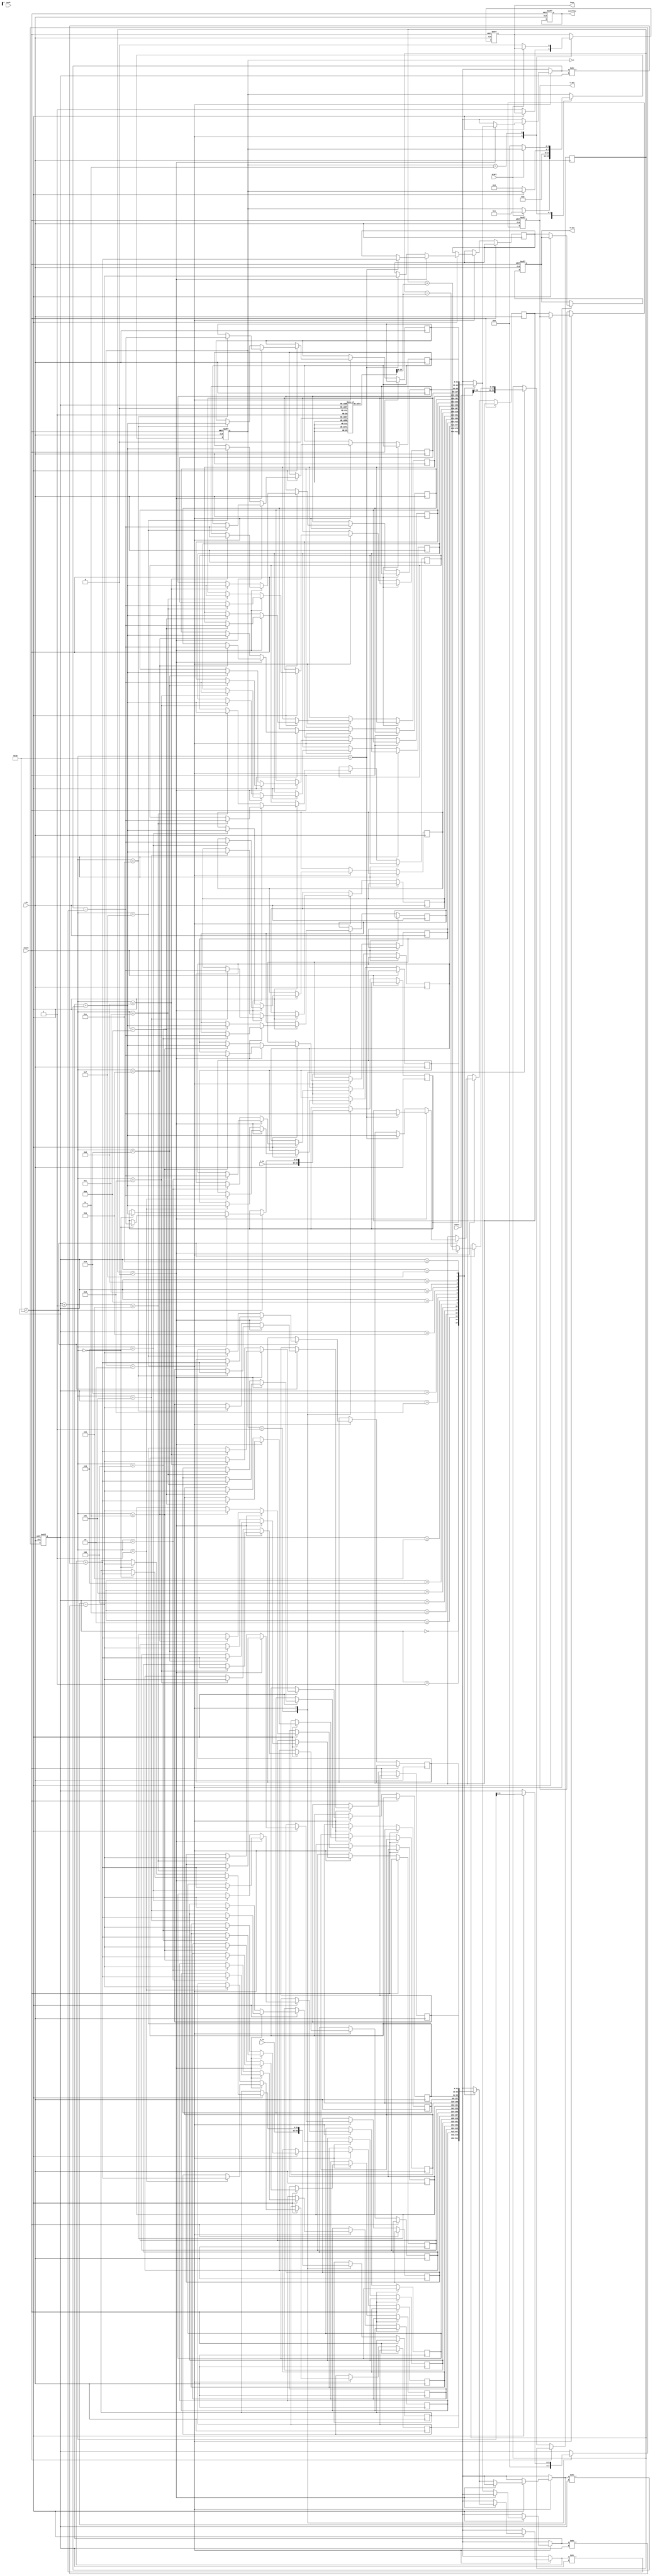
module adaptive_cordic (
    input wire clk,
    input wire reset,
    input wire start,
    input wire [31:0] theta,       // Angle input (fixed-point representation)
    input wire [31:0] X_in,        // Initial X vector
    input wire [31:0] Y_in,        // Initial Y vector
    input wire mode,               // Control signal for rotation/vectoring
    output reg [31:0] X_out,       // Resultant X output
    output reg [31:0] Y_out,       // Resultant Y output
    output reg done,               // Completion flag
    output reg overflow            // Overflow flag
);

    // CORDIC parameters
    parameter NUM_ITERATIONS = 16; // Number of iterations for CORDIC
    reg [31:0] angle_table [0:NUM_ITERATIONS-1]; // Angle lookup table
    reg [31:0] x [0:NUM_ITERATIONS]; // Intermediate X values
    reg [31:0] y [0:NUM_ITERATIONS]; // Intermediate Y values
    reg [NUM_ITERATIONS-1:0] angle;   // Angle for rotation
    reg [3:0] state;                   // FSM state
    reg [3:0] iteration;               // Current iteration count

    // FSM states
    localparam IDLE = 0;
    localparam INIT = 1;
    localparam COMPUTE = 2;
    localparam DONE = 3;

    // Initialize angle table (example values, replace with actual values)
    initial begin
        angle_table[0] = 32'h00000000; // 0 degrees
        angle_table[1] = 32'h3F490FDB; // 45 degrees
        angle_table[2] = 32'h3F2AAAAB; // 26.565 degrees
        // Fill in the rest of the table...
    end

    // State machine
    always @(posedge clk or posedge reset) begin
        if (reset) begin
            state <= IDLE;
            done <= 0;
            overflow <= 0;
            iteration <= 0;
            X_out <= 0;
            Y_out <= 0;
        end else begin
            case (state)
                IDLE: begin
                    if (start) begin
                        state <= INIT;
                    end
                end
                
                INIT: begin
                    // Initialize values
                    x[0] <= X_in;
                    y[0] <= Y_in;
                    angle <= theta;
                    iteration <= 0;
                    state <= COMPUTE;
                end
                
                COMPUTE: begin
                    if (iteration < NUM_ITERATIONS) begin
                        // Perform CORDIC rotation
                        if (angle < 0) begin
                            x[iteration + 1] <= x[iteration] + (y[iteration] >> iteration);
                            y[iteration + 1] <= y[iteration] - (x[iteration] >> iteration);
                            angle <= angle + angle_table[iteration];
                        end else begin
                            x[iteration + 1] <= x[iteration] - (y[iteration] >> iteration);
                            y[iteration + 1] <= y[iteration] + (x[iteration] >> iteration);
                            angle <= angle - angle_table[iteration];
                        end
                        iteration <= iteration + 1;
                    end else begin
                        // Final output
                        X_out <= x[NUM_ITERATIONS];
                        Y_out <= y[NUM_ITERATIONS];
                        done <= 1;
                        state <= DONE;
                    end
                end
                
                DONE: begin
                    // Wait for reset or new start
                    if (!start) begin
                        state <= IDLE;
                        done <= 0;
                    end
                end
            endcase
        end
    end
endmodule